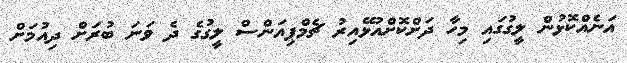
އަނެއްކޮޅުން ލީގުގައި މިހާ ދަށްކޮށްއުޅޭއިރު ޗެމްޕިއަންސް ލީގުގެ ދެ ވަނަ ބުރަށް ދިއުމަށް